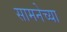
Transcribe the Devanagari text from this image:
सामनेच्या